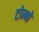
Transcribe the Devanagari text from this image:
टोम्बो